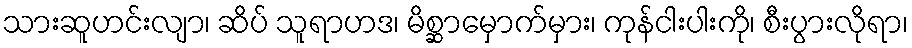
သားဆူဟင်းလျာ၊ ဆိပ် သူရာဟဒ၊ မိစ္ဆာမှောက်မှား၊ ကုန်ငါးပါးကို၊ စီးပွားလိုရာ၊